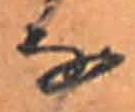
な